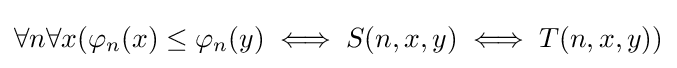
\forall n\forall x(\varphi _{n}(x)\leq \varphi _{n}(y)\iff S(n,x,y)\iff T(n,x,y))